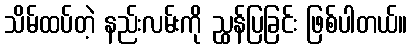
သိမ်ထပ်တဲ့ နည်းလမ်းကို ညွှန်ပြခြင်း ဖြစ်ပါတယ်။